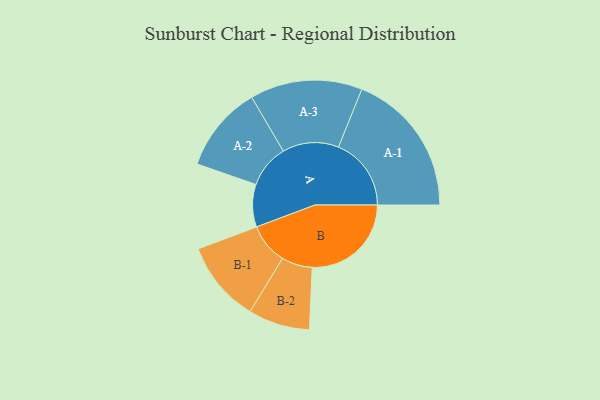
{"axis": {"x": "Segment", "y": "Value"}, "legend": ["", "A", "B"], "data": [{"x": "A", "y": 141, "type": ""}, {"x": "B", "y": 328, "type": ""}, {"x": "A-1", "y": 241, "type": "A"}, {"x": "A-2", "y": 143, "type": "A"}, {"x": "A-3", "y": 186, "type": "A"}, {"x": "B-1", "y": 135, "type": "B"}, {"x": "B-2", "y": 102, "type": "B"}]}